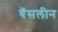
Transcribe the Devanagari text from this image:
वॅसलीन